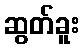
ဆွတ်ခူး